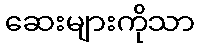
ဆေးများကိုသာ